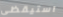
استيقظى